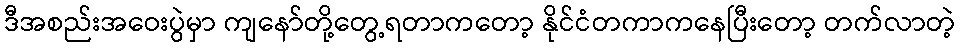
ဒီအစည်းအဝေးပွဲမှာ ကျနော်တို့တွေ့ရတာကတော့ နိုင်ငံတကာကနေပြီးတော့ တက်လာတဲ့